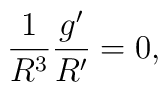
\frac{1}{R^3}\frac{g^{\prime}}{R^\prime} = 0  ,